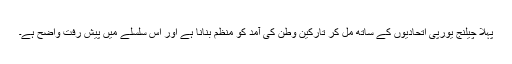
پہلا چيلنج يورپی اتحاديوں کے ساتھ مل کر تارکين وطن کی آمد کو منظم بنانا ہے اور اس سلسلے ميں پيش رفت واضح ہے۔